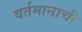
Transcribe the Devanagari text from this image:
वर्तमानाची